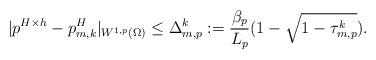
LaTeX: \begin{align*}| p^{H\times h} - p_{m,k}^{H} |_{W^{1,p}(\Omega)} \leq \Delta_{m,p}^{k} := \frac{\beta_{p}}{L_{p}}(1 - \sqrt{1 - \tau_{m,p}^{k}}).\end{align*}